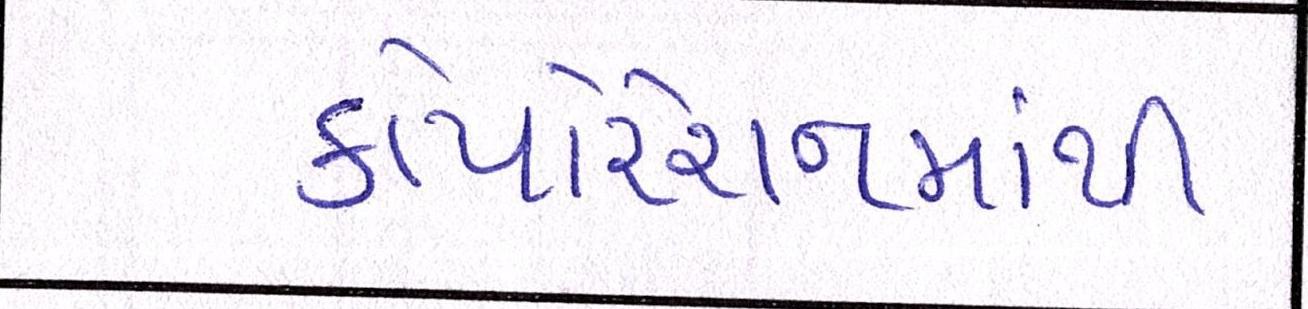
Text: કોર્પોરેશનમાંથી